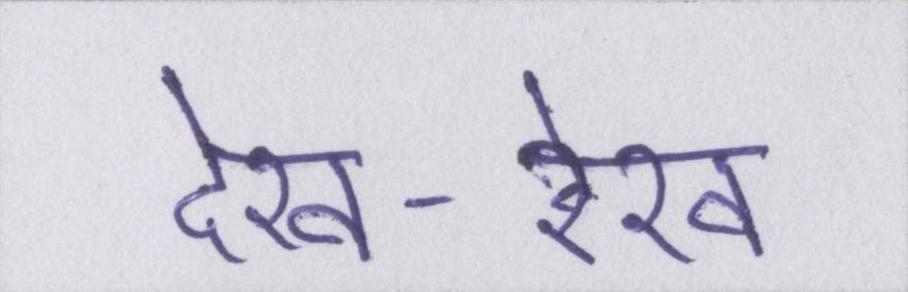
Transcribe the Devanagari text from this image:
देख-रेख